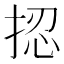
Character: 𢭝